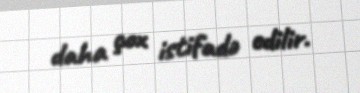
daha çox istifadə edilir.